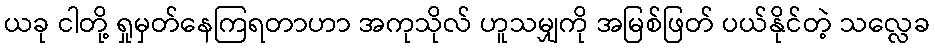
ယခု ငါတို့ ရှုမှတ်နေကြရတာဟာ အကုသိုလ် ဟူသမျှကို အမြစ်ဖြတ် ပယ်နိုင်တဲ့ သလ္လေခ